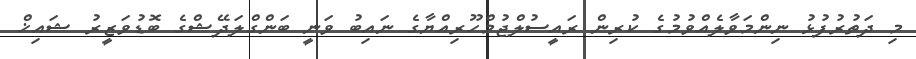
މި ދަތުރުފުޅު ނިންމަވާލެއްވުމުގެ ކުރިން ރައީސުލްޖުމްހޫރިއްޔާގެ ނައިބު ވަނީ ބަންގްލަދޭޝްގެ ބޮޑުވަޒީރު ޝައިޚް